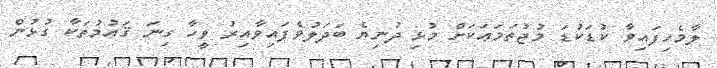
ލާމެހިފައިވާ ކުޑަކުޑަ މުޖުތަމަޢަކަށް މުޅި ދުނިޔެ ބަދަލުވެފައިވާއިރު ވީހާ ގިނަ ޤައުމުތަކާ ގުޅުން